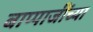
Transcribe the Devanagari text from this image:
बाप्पाजींच्या